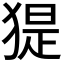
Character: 𤟥